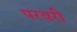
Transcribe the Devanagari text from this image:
परवरी